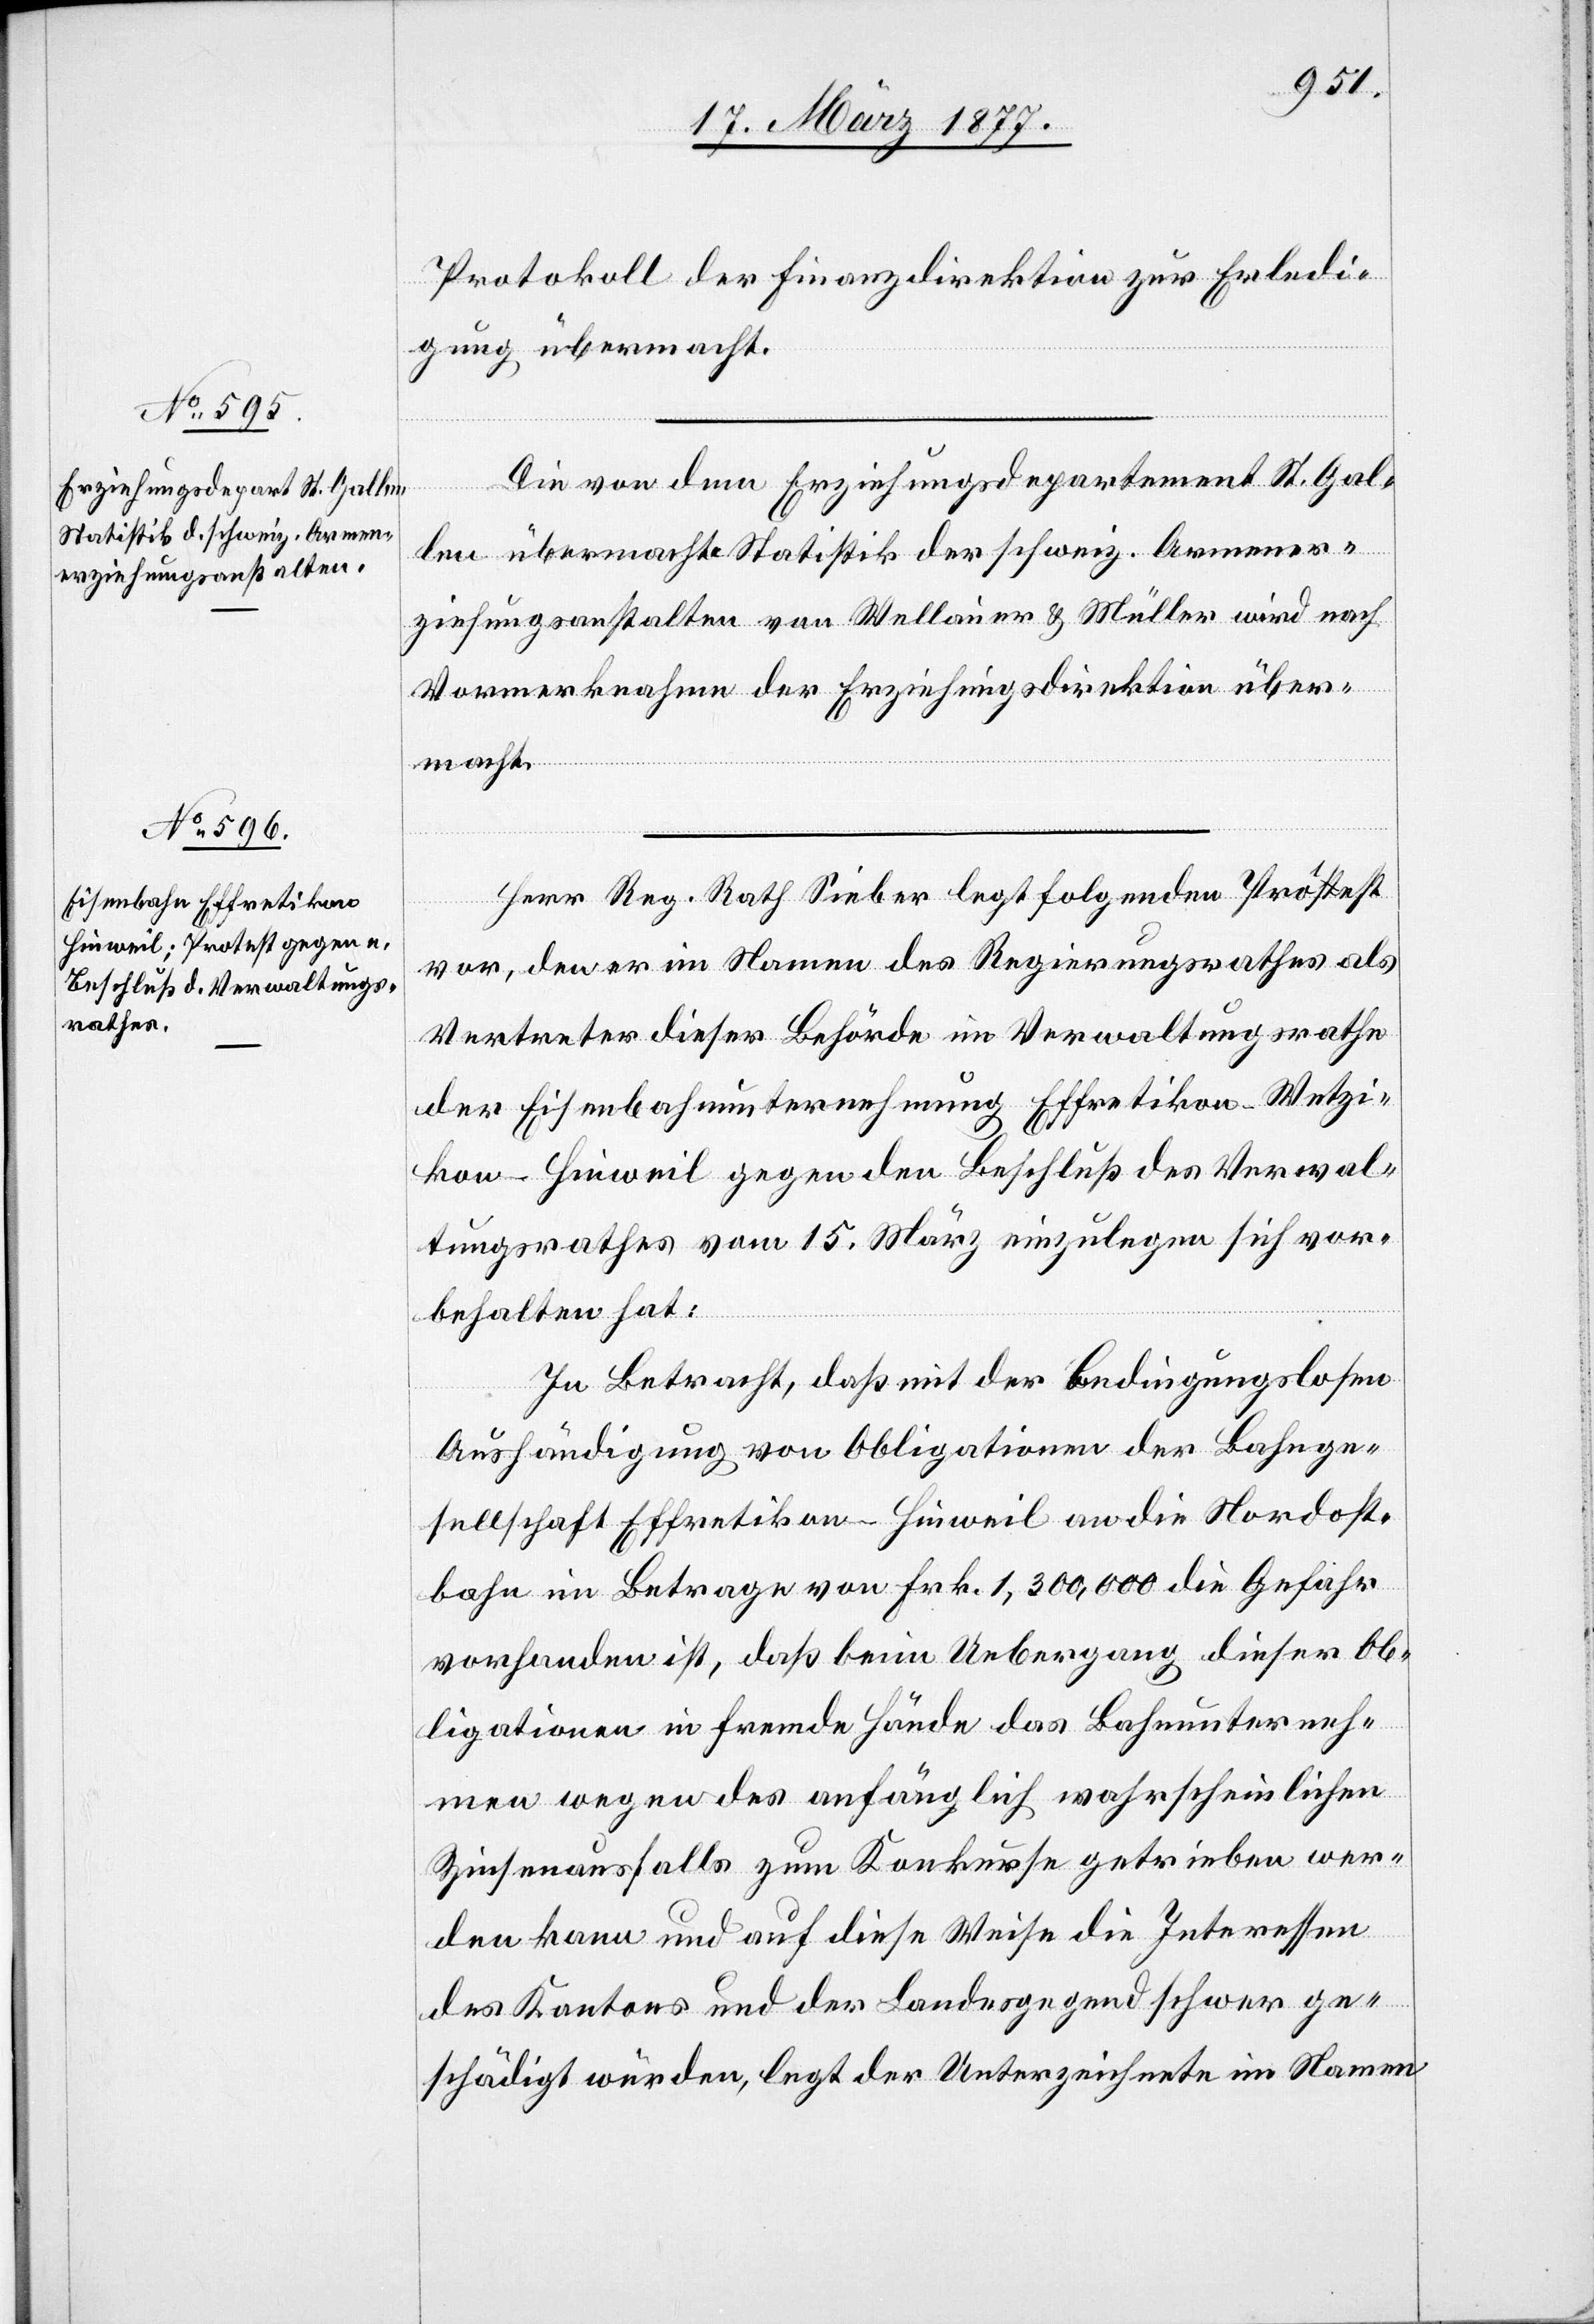
Protokoll der Finanzdirektion zur Erledi¬
gung übermacht.
Die von dem Erziehungsdepartement St. Gal¬
len übermachte Statistik der schweiz. Armener¬
ziehungsanstalten von Wellauer & Müller wird nach
Vormerknahme der Erziehungsdirektion über¬
macht.
Herr Reg. Rath Sieber legt folgenden Protest
vor, den er im Namen des Regierungsrathes als
Vertreter dieser Behörde im Verwaltungsrathe
der Eisenbahnunternehmung Effretikon–Wetzi¬
kon–Hinweil gegen den Beschluß des Verwal¬
tungsrathes vom 15. März einzulegen sich vor¬
behalten hat:
In Betracht, daß mit der bedingungslosen
Aushändigung von Obligationen der Bahnge¬
sellschaft Effretikon–Hinweil an die Nordost¬
bahn im Betrage von Frk. 1,300,000 die Gefahr
vorhanden ist, daß beim Uebergang dieser Ob¬
ligationen in fremde Hände das Bahnunterneh¬
men wegen des anfänglich wahrscheinlichen
Zinsenausfalls zum Konkurse getrieben wer¬
den kann und auf diese Weise die Interessen
des Kantons und der Landesgegend schwer ge¬
schädigt würden, legt der Unterzeichnete im Namen